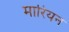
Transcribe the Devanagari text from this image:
मारियन